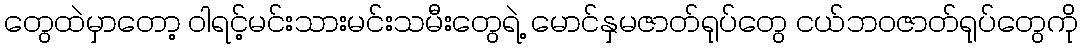
တွေထဲမှာတော့ ဝါရင့်မင်းသားမင်းသမီးတွေရဲ့ မောင်နှမဇာတ်ရုပ်တွေ ငယ်ဘဝဇာတ်ရုပ်တွေကို